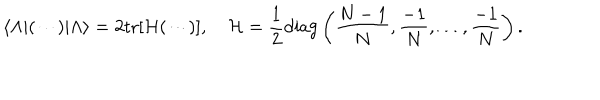
LaTeX: \langle \Lambda | ( \cdots ) | \Lambda \rangle = 2 \mathrm { t r } [ { \cal H } ( \cdots ) ] , \quad { \cal H } = { \frac { 1 } { 2 } } \mathrm { d i a g } \left( { \frac { N - 1 } { N } } , { \frac { - 1 } { N } } , \ldots , { \frac { - 1 } { N } } \right) .